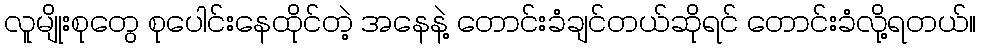
လူမျိုးစုတွေ စုပေါင်းနေထိုင်တဲ့ အနေနဲ့ တောင်းခံချင်တယ်ဆိုရင် တောင်းခံလို့ရတယ်။